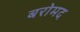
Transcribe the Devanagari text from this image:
बरोमद